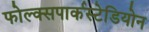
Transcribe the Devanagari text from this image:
फोल्क्सपार्कस्टेडियोन